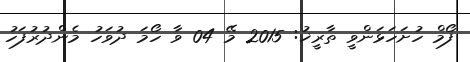
ފޯމް ހުށަހަޅަންވީ ތާރީޚު: 2015 މޭ 04 ވާ ހޯމަ ދުވަހު މެންދުރުފަހު